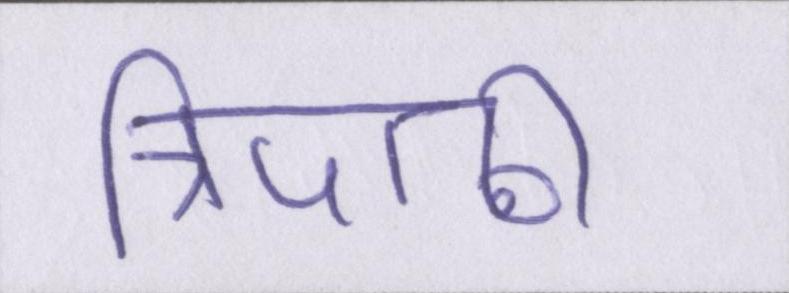
त्रिपाठी